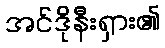
အင်ဒိုနီးရှား၏